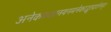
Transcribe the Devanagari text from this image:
अनेकवक्त्रनयनमनेकाद्भुतदर्शनम्‌।